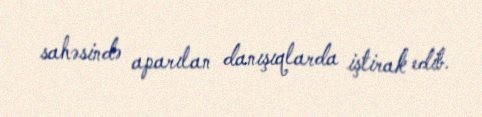
sahəsində aparılan danışıqlarda iştirak edib.